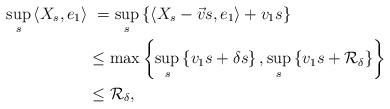
LaTeX: \begin{align*}\sup_{s} \, \langle X_{s} , e_{1} \rangle & \ = \sup_{s} \left\{ \langle X_{s}- \vec{v}s , e_{1} \rangle +v_{1}s \right\} \\& \leq \max \left\{\sup_{s}\left\{v_{1}s+ \delta s \right\}, \sup_{s}\left\{ v_{1}s + \mathcal{R}_{\delta}\right\} \right\} \\& \leq \mathcal{R}_{\delta},\end{align*}